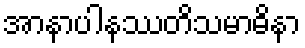
အာနာပါနဿတိသမာဓိနာ